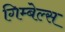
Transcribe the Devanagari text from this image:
गिम्बेल्स